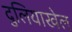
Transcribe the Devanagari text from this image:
दुलियाखेल